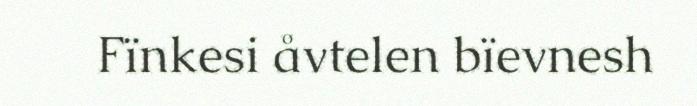
Fïnkesi åvtelen bïevnesh